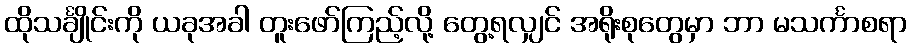
ထိုသင်္ချိုင်းကို ယခုအခါ တူးဖော်ကြည့်လို့ တွေ့ရလျှင် အရိုးစုတွေမှာ ဘာ မသင်္ကာစရာ